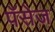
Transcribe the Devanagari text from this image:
पॅसेज